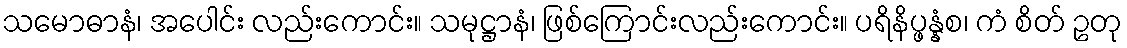
သမောဓာနံ၊ အပေါင်း လည်းကောင်း။ သမုဋ္ဌာနံ၊ ဖြစ်ကြောင်းလည်းကောင်း။ ပရိနိပ္ဖန္နံစ၊ ကံ စိတ် ဥတု